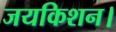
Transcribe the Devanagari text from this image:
जयकिशन।